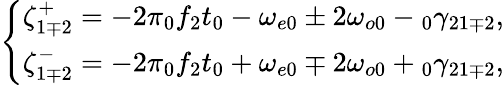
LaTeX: \left\{ \begin{array}{c}{\zeta_{1\mp 2}^{+}=-2\pi\phantom{}_{0}f_{2}t_{0}-\omega_{e0}\pm 2\omega_{o0}-\phantom{}_{0}\gamma_{21\mp 2},}\\ {\zeta_{1\mp 2}^{-}=-2\pi\phantom{}_{0}f_{2}t_{0}+\omega_{e0}\mp 2\omega_{o0}+\phantom{}_{0}\gamma_{21\mp 2},}\end{array}\right.